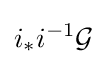
i_{*}i^{-1}{\mathcal {G}}